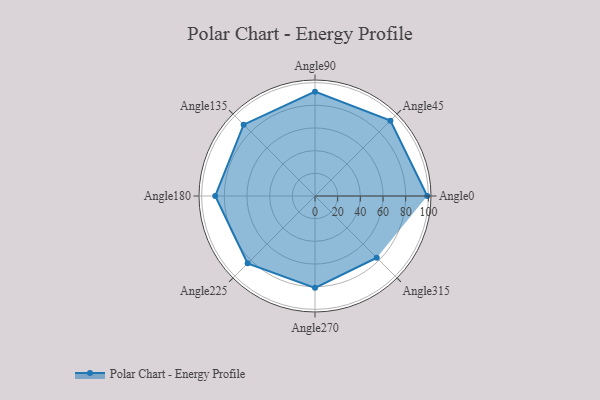
{"axis": {"x": "Angle", "y": "Radius"}, "legend": [""], "data": [{"x": "Angle0", "y": 99.0, "type": ""}, {"x": "Angle45", "y": 94.0, "type": ""}, {"x": "Angle90", "y": 92.0, "type": ""}, {"x": "Angle135", "y": 89.0, "type": ""}, {"x": "Angle180", "y": 88.0, "type": ""}, {"x": "Angle225", "y": 84.0, "type": ""}, {"x": "Angle270", "y": 81.0, "type": ""}, {"x": "Angle315", "y": 77.0, "type": ""}]}